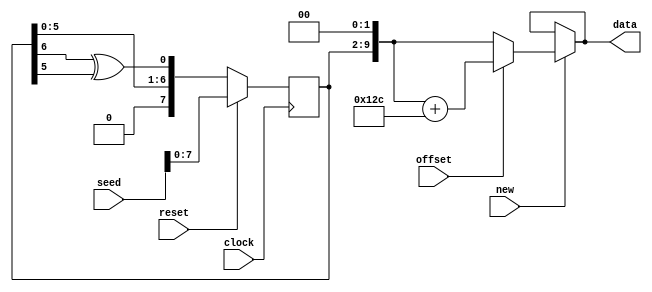
`timescale 1ns / 1ps
//////////////////////////////////////////////////////////////////////////////////
// Company: 
// 
// Design Name: 
// Module Name:    random_number 
// Project Name: 
// Target Devices: 
// Tool versions: 
// Description: pseudo random number generator
//
// Dependencies: 
//
// Revision: 
// Revision 0.01 - File Created
// Additional Comments: 
//
//////////////////////////////////////////////////////////////////////////////////
module random_number
   (input clock,			// clock
	input new,				// output new data if asserted
	input reset,			// reset
	input [9:0] seed,		// start value of generator
	input offset,			// offset is asserted
    output [9:0] data 		// pseudo random number
    );

	parameter OFFSET = 300;
	reg [9:0] data_next;
	
	always @(posedge clock) begin
		data_next <= reset ? seed : { 3'b0, data_next[5:0], data_next[6] ^ data_next[5] };
	end
	
	assign data = new ? (offset ? (data_next << 2) + OFFSET : data_next << 2) : data;
	

endmodule